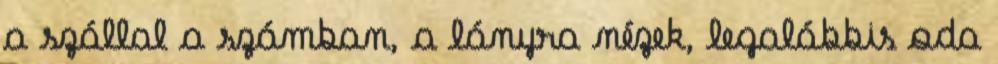
a szállal a számban, a lányra nézek, legalábbis oda